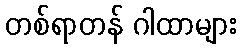
တစ်ရာတန် ဂါထာများ